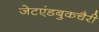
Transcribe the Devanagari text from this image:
जेटएंडबुकचैरी